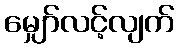
မျှော်လင့်လျက်